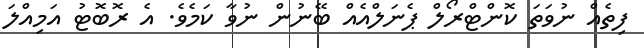
ފިތެއް ނުވަތަ ކޮންޓްރޯލް ޕެނަލްއެއް ބޭނުން ނުވާާ ކަމެވެ. އެ ރޮބޮޓު އަމިއްލަ